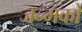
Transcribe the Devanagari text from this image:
जन्मको